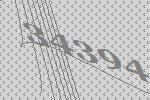
34394